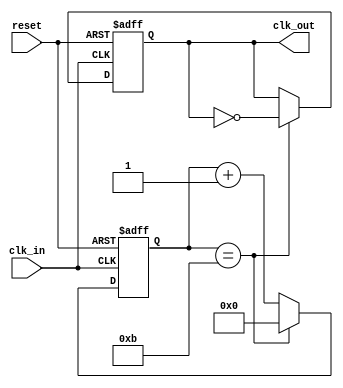
module timing_control_block (
    input wire clk_in,
    input wire reset,
    output wire clk_out
);

reg [23:0] counter;
reg clk_out_reg;

always @(posedge clk_in or posedge reset) begin
    if (reset) begin
        counter <= 24'b0;
        clk_out_reg <= 1'b0;
    end else begin
        counter <= counter + 1;
        if (counter == 24'd11) begin
            counter <= 24'b0;
            clk_out_reg <= ~clk_out_reg;
        end
    end
end

assign clk_out = clk_out_reg;

endmodule